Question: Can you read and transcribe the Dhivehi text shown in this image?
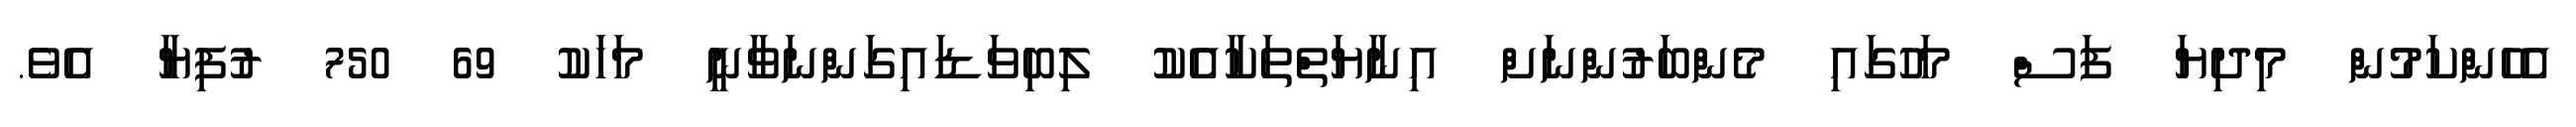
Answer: އެހެންކަމުން މިދިޔަ ފަސް މަހުގައި މެންބަރުންނަށް އިނާޔަތްތަކާއެކު ލިބިވަޑައިގަންނަވާނީ މަހަކު 69 750 ރުފިޔާ އެވެ.